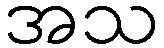
အသ